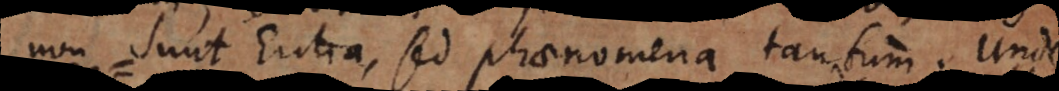
non sunt Entia, sed phaenomena tantum. Unde